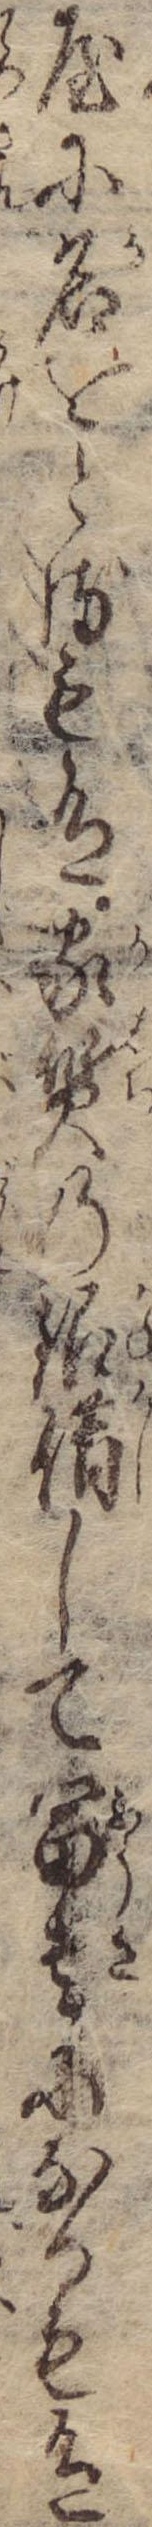
屋に名をとるも有家質の銀借して富貴になるも有